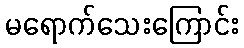
မရောက်သေးကြောင်း